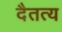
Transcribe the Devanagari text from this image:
दैतत्य